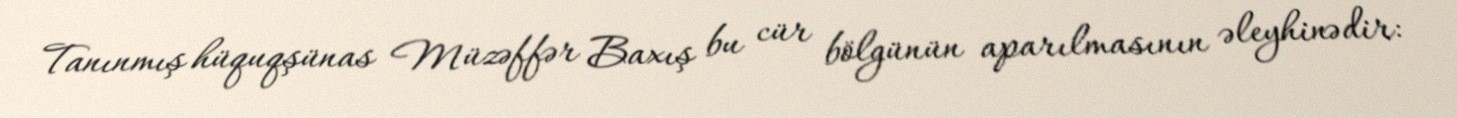
Tanınmış hüquqşünas Müzəffər Baxış bu cür bölgünün aparılmasının əleyhinədir: